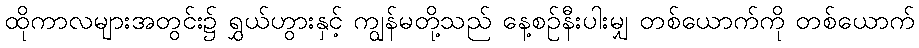
ထိုကာလများအတွင်း၌ ရွှယ်ဟွားနှင့် ကျွန်မတို့သည် နေ့စဉ်နီးပါးမျှ တစ်ယောက်ကို တစ်ယောက်